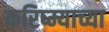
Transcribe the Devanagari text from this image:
करिष्म्याच्या